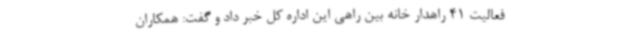
فعالیت 41 راهدار خانه بین راهی این اداره کل خبر داد و گفت: همکاران